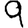
Digit: 9